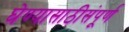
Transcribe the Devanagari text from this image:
घेण्यासाठीसंपूर्ण